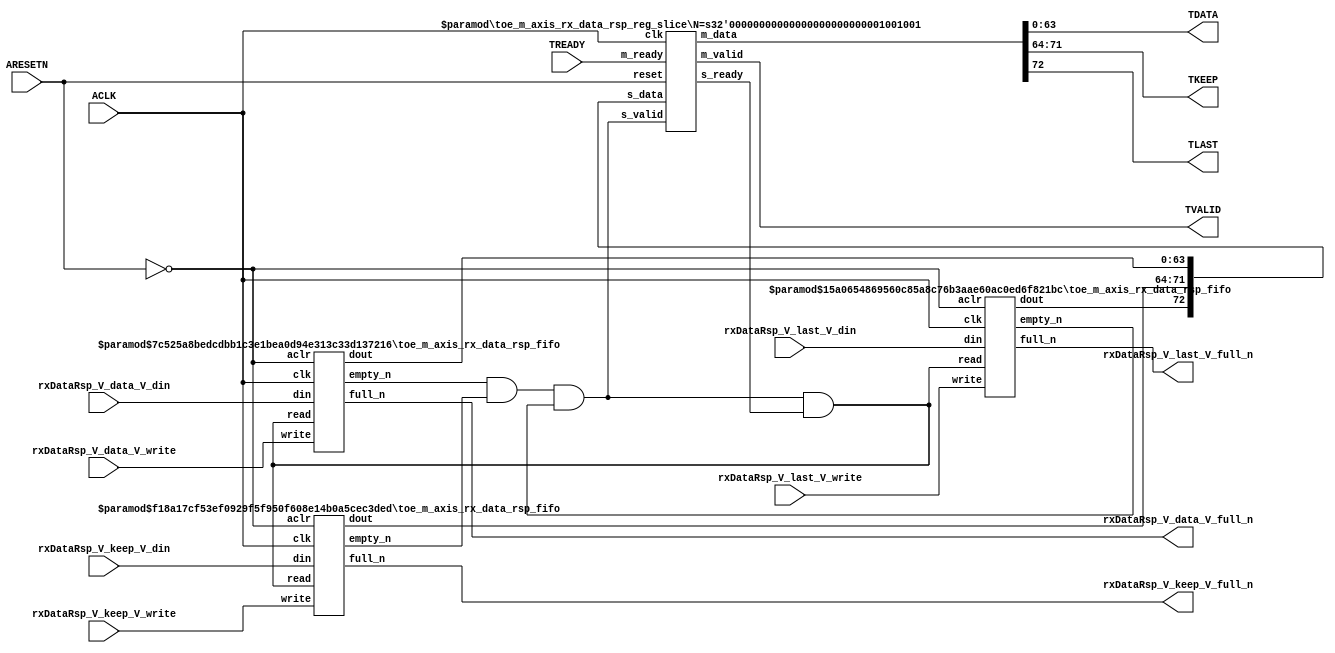
// ==============================================================
// File generated by Vivado(TM) HLS - High-Level Synthesis from C, C++ and SystemC
// Version: 2015.1
// Copyright (C) 2015 Xilinx Inc. All rights reserved.
// 
// ==============================================================


`timescale 1ns/1ps

module toe_m_axis_rx_data_rsp_if (
    // AXI4-Stream singals
    input  wire        ACLK,
    input  wire        ARESETN,
    output wire        TVALID,
    input  wire        TREADY,
    output wire [63:0] TDATA,
    output wire [7:0]  TKEEP,
    output wire [0:0]  TLAST,
    // User signals
    input  wire [63:0] rxDataRsp_V_data_V_din,
    output wire        rxDataRsp_V_data_V_full_n,
    input  wire        rxDataRsp_V_data_V_write,
    input  wire [7:0]  rxDataRsp_V_keep_V_din,
    output wire        rxDataRsp_V_keep_V_full_n,
    input  wire        rxDataRsp_V_keep_V_write,
    input  wire [0:0]  rxDataRsp_V_last_V_din,
    output wire        rxDataRsp_V_last_V_full_n,
    input  wire        rxDataRsp_V_last_V_write
);
//------------------------Local signal-------------------
// FIFO
wire [0:0]  fifo_read;
wire [0:0]  fifo_empty_n;
wire [63:0] rxDataRsp_V_data_V_dout;
wire [0:0]  rxDataRsp_V_data_V_empty_n;
wire [7:0]  rxDataRsp_V_keep_V_dout;
wire [0:0]  rxDataRsp_V_keep_V_empty_n;
wire [0:0]  rxDataRsp_V_last_V_dout;
wire [0:0]  rxDataRsp_V_last_V_empty_n;
// register slice
wire [0:0]  s_valid;
wire [0:0]  s_ready;
wire [72:0] s_data;
wire [0:0]  m_valid;
wire [0:0]  m_ready;
wire [72:0] m_data;

//------------------------Instantiation------------------
// rs
toe_m_axis_rx_data_rsp_reg_slice #(
    .N       ( 73 )
) rs (
    .clk     ( ACLK ),
    .reset   ( ARESETN ),
    .s_data  ( s_data ),
    .s_valid ( s_valid ),
    .s_ready ( s_ready ),
    .m_data  ( m_data ),
    .m_valid ( m_valid ),
    .m_ready ( m_ready )
);

// rxDataRsp_V_data_V_fifo
toe_m_axis_rx_data_rsp_fifo #(
    .DATA_BITS  ( 64 ),
    .DEPTH_BITS ( 4 )
) rxDataRsp_V_data_V_fifo (
    .clk        ( ACLK ),
    .aclr       ( ~ARESETN ),
    .empty_n    ( rxDataRsp_V_data_V_empty_n ),
    .full_n     ( rxDataRsp_V_data_V_full_n ),
    .read       ( fifo_read ),
    .write      ( rxDataRsp_V_data_V_write ),
    .dout       ( rxDataRsp_V_data_V_dout ),
    .din        ( rxDataRsp_V_data_V_din )
);

// rxDataRsp_V_keep_V_fifo
toe_m_axis_rx_data_rsp_fifo #(
    .DATA_BITS  ( 8 ),
    .DEPTH_BITS ( 4 )
) rxDataRsp_V_keep_V_fifo (
    .clk        ( ACLK ),
    .aclr       ( ~ARESETN ),
    .empty_n    ( rxDataRsp_V_keep_V_empty_n ),
    .full_n     ( rxDataRsp_V_keep_V_full_n ),
    .read       ( fifo_read ),
    .write      ( rxDataRsp_V_keep_V_write ),
    .dout       ( rxDataRsp_V_keep_V_dout ),
    .din        ( rxDataRsp_V_keep_V_din )
);

// rxDataRsp_V_last_V_fifo
toe_m_axis_rx_data_rsp_fifo #(
    .DATA_BITS  ( 1 ),
    .DEPTH_BITS ( 4 )
) rxDataRsp_V_last_V_fifo (
    .clk        ( ACLK ),
    .aclr       ( ~ARESETN ),
    .empty_n    ( rxDataRsp_V_last_V_empty_n ),
    .full_n     ( rxDataRsp_V_last_V_full_n ),
    .read       ( fifo_read ),
    .write      ( rxDataRsp_V_last_V_write ),
    .dout       ( rxDataRsp_V_last_V_dout ),
    .din        ( rxDataRsp_V_last_V_din )
);

//------------------------Body---------------------------
//++++++++++++++++++++++++AXI4-Stream++++++++++++++++++++
assign TVALID = m_valid;
assign TDATA  = m_data[63:0];
assign TKEEP  = m_data[71:64];
assign TLAST  = m_data[72:72];

//+++++++++++++++++++++++++++++++++++++++++++++++++++++++

//++++++++++++++++++++++++Reigister Slice++++++++++++++++
assign s_valid = fifo_empty_n;
assign m_ready = TREADY;
assign s_data  = {rxDataRsp_V_last_V_dout, rxDataRsp_V_keep_V_dout, rxDataRsp_V_data_V_dout};

//+++++++++++++++++++++++++++++++++++++++++++++++++++++++

//++++++++++++++++++++++++FIFO+++++++++++++++++++++++++++
assign fifo_read    = fifo_empty_n & s_ready;
assign fifo_empty_n = rxDataRsp_V_data_V_empty_n & rxDataRsp_V_keep_V_empty_n & rxDataRsp_V_last_V_empty_n;

//+++++++++++++++++++++++++++++++++++++++++++++++++++++++

endmodule



`timescale 1ns/1ps

module toe_m_axis_rx_data_rsp_fifo
#(parameter
    DATA_BITS  = 8,
    DEPTH_BITS = 4
)(
    input  wire                 clk,
    input  wire                 aclr,
    output wire                 empty_n,
    output wire                 full_n,
    input  wire                 read,
    input  wire                 write,
    output wire [DATA_BITS-1:0] dout,
    input  wire [DATA_BITS-1:0] din
);
//------------------------Parameter----------------------
localparam
    DEPTH = 1 << DEPTH_BITS;
//------------------------Local signal-------------------
reg                   empty;
reg                   full;
reg  [DEPTH_BITS-1:0] index;
reg  [DATA_BITS-1:0]  mem[0:DEPTH-1];
//------------------------Body---------------------------
assign empty_n = ~empty;
assign full_n  = ~full;
assign dout    = mem[index];

// empty
always @(posedge clk or posedge aclr) begin
    if (aclr)
        empty <= 1'b1;
    else if (empty & write & ~read)
        empty <= 1'b0;
    else if (~empty & ~write & read & (index==1'b0))
        empty <= 1'b1;
end

// full
always @(posedge clk or posedge aclr) begin
    if (aclr)
        full <= 1'b0;
    else if (full & read & ~write)
        full <= 1'b0;
    else if (~full & ~read & write & (index==DEPTH-2'd2))
        full <= 1'b1;
end

// index
always @(posedge clk or posedge aclr) begin
    if (aclr)
        index <= {DEPTH_BITS{1'b1}};
    else if (~empty & ~write & read)
        index <= index - 1'b1;
    else if (~full & ~read & write)
        index <= index + 1'b1;
end

// mem
always @(posedge clk) begin
    if (~full & write) mem[0] <= din;
end

genvar i;
generate
    for (i = 1; i < DEPTH; i = i + 1) begin : gen_sr
        always @(posedge clk) begin
            if (~full & write) mem[i] <= mem[i-1];
        end
    end
endgenerate

endmodule

`timescale 1ns/1ps

module toe_m_axis_rx_data_rsp_reg_slice
#(parameter
    N = 8   // data width
) (
    // system signals
    input  wire         clk,
    input  wire         reset,
    // slave side
    input  wire [N-1:0] s_data,
    input  wire         s_valid,
    output wire         s_ready,
    // master side
    output wire [N-1:0] m_data,
    output wire         m_valid,
    input  wire         m_ready
);
//------------------------Parameter----------------------
// state
localparam [1:0]
    ZERO = 2'b10,
    ONE  = 2'b11,
    TWO  = 2'b01;
//------------------------Local signal-------------------
reg  [N-1:0] data_p1;
reg  [N-1:0] data_p2;
wire         load_p1;
wire         load_p2;
wire         load_p1_from_p2;
reg          s_ready_t;
reg  [1:0]   state;
reg  [1:0]   next;
//------------------------Body---------------------------
assign s_ready = s_ready_t;
assign m_data  = data_p1;
assign m_valid = state[0];

assign load_p1 = (state == ZERO && s_valid) ||
                 (state == ONE && s_valid && m_ready) ||
                 (state == TWO && m_ready);
assign load_p2 = s_valid & s_ready;
assign load_p1_from_p2 = (state == TWO);

// data_p1
always @(posedge clk) begin
    if (load_p1) begin
        if (load_p1_from_p2)
            data_p1 <= data_p2;
        else
            data_p1 <= s_data;
    end
end

// data_p2
always @(posedge clk) begin
    if (load_p2) data_p2 <= s_data;
end

// s_ready_t
always @(posedge clk) begin
    if (~reset)
        s_ready_t <= 1'b0;
    else if (state == ZERO)
        s_ready_t <= 1'b1;
    else if (state == ONE && next == TWO)
        s_ready_t <= 1'b0;
    else if (state == TWO && next == ONE)
        s_ready_t <= 1'b1;
end

// state
always @(posedge clk) begin
    if (~reset)
        state <= ZERO;
    else
        state <= next;
end

// next
always @(*) begin
    case (state)
        ZERO:
            if (s_valid & s_ready)
                next = ONE;
            else
                next = ZERO;
        ONE:
            if (~s_valid & m_ready)
                next = ZERO;
            else if (s_valid & ~m_ready)
                next = TWO;
            else
                next = ONE;
        TWO:
            if (m_ready)
                next = ONE;
            else
                next = TWO;
        default:
            next = ZERO;
    endcase
end

endmodule